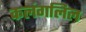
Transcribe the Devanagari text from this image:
कलंगलिल